Civil Veterinary Dept. Bombay admin report 1923-31 - 1923-1931
Year: 1923
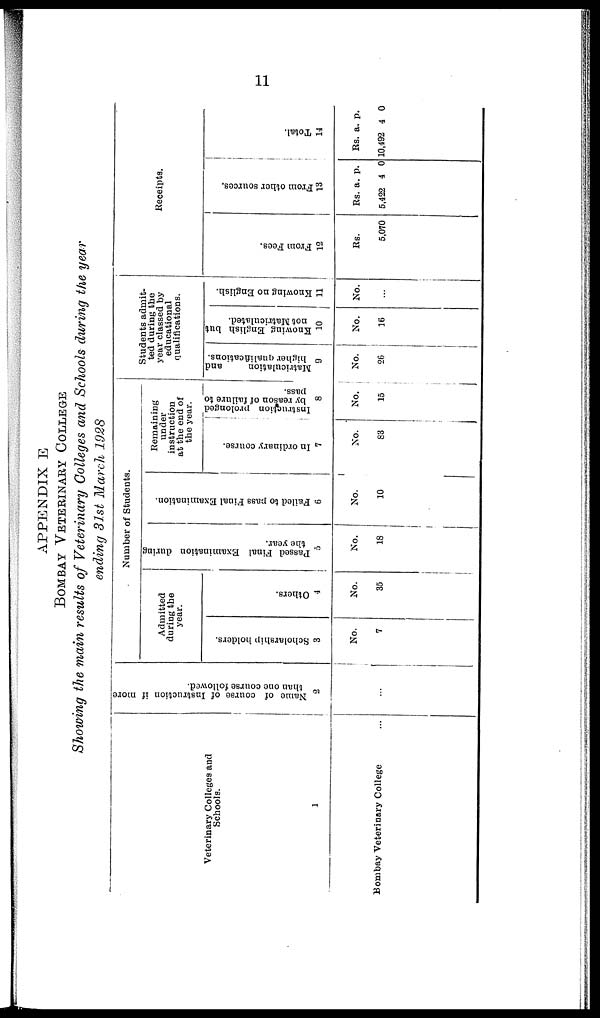
11
APPENDIX E
BOMBAY VETERINARY COLLEGE
Showing the main results of Veterinary Colleges and Schools during the year
ending 31st March 1928
Veterinary Colleges and
Schools.
1
Bombay Veterinary College ...
Name of course of Instruction if more
than one course followed.
2
...
Number of Students.
Admitted
during the
year.
Scholarship holders.
3
No.
7
Others.
4
No.
35
Passed Final Examination during
the year.
5
No.
18
Failed to pass Final Examination.
6
No.
10
Remaining
under
instruction
at the end of
the year.
In ordinary course.
7
No.
83
Instruction prolonged
by reason of failure to
pass.
8
No.
15
Students admit-
ted during the
year classed by
educational
qualifications.
Matriculation
and
higher qualifications.
9
No.
26
Knowing English but
not Matriculated.
10
No.
16
Knowing no English.
11
No.
...
Receipts.
From Fees.
12
Rs.
5,070
Fr om ot her s our ces .
13
Rs.
5,422
a.
4
p.
0
Tot al .
14
Rs.
10,492
a.
4
p.
0